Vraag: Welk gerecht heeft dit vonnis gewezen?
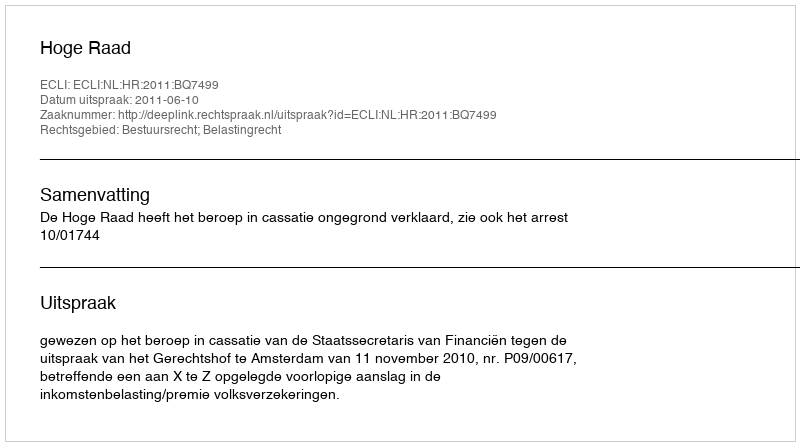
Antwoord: Hoge Raad